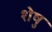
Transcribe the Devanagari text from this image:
शेषु